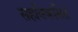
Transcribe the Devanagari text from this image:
सहविकसित